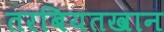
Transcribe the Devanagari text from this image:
तरबियतखान